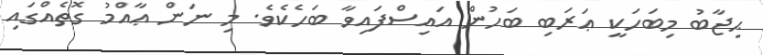
ޙިޖާބު މިބަހަކީ ޢަރަބި ބަހުން އައިސްފައިވާ ބަހެކެވެ. މި ނަން ޢާއްމު ގޮތެއްގައި